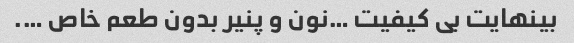
بینهایت بی کیفیت …نون و پنیر بدون طعم خاص ….